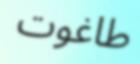
طاغوت